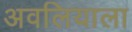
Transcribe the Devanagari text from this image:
अवलियाला